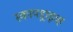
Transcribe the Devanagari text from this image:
स्कायड्राइव्ह